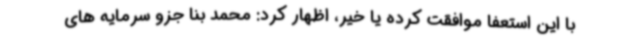
با این استعفا موافقت کرده یا خیر، اظهار کرد: محمد بنا جزو سرمایه های